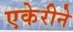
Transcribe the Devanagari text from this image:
एकेरीने